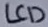
Text: LCD